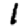
Digit: 1